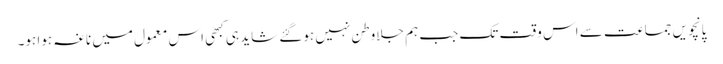
پانچویں جماعت سے اس وقت تک جب ہم جلاوطن نہیں ہوگئے شاید ہی کبھی اس معمول میں ناغہ ہوا ہو۔